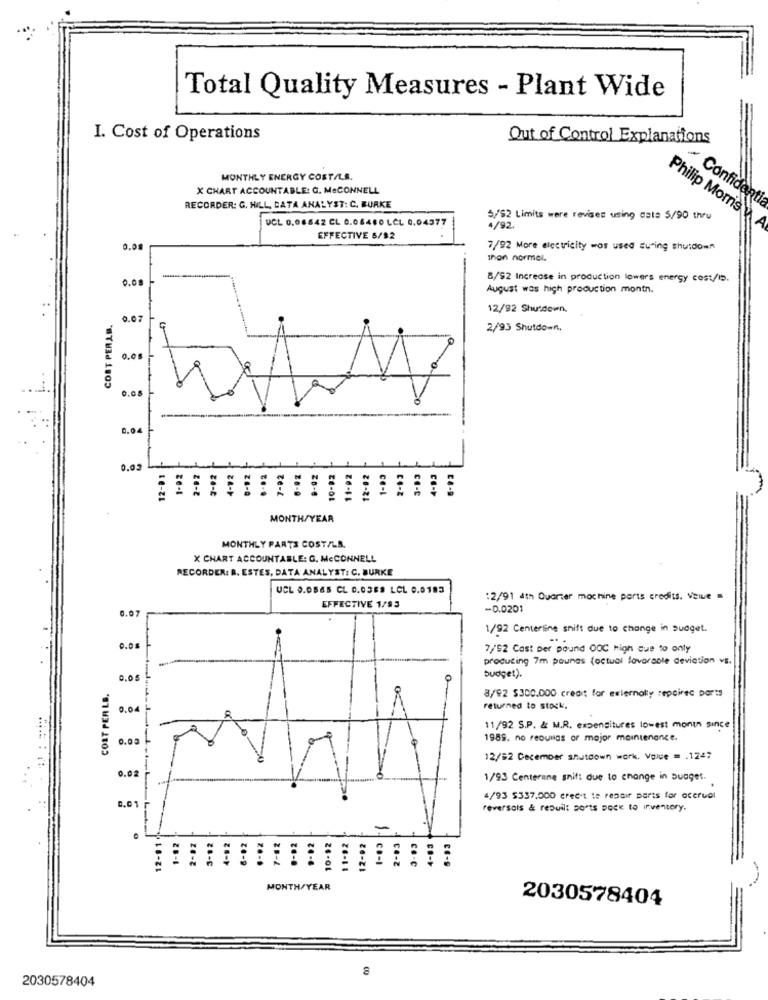
Total Quality Measures - Plant Wide
I. Cost of Operations
Out of Control Explanations
MONTHLY ENERGY COST/LB.
X CHART ACCOUNTABLE: G. MeCONNELL
Confidanti
RECORDER: G. HILL, DATA ANALYST: C. BURKE
Philip Morris
UCL 0,06642 CL 0.06460 LCL 0.04377
5/62 Limits were revises using aste $/90 thru
4/92.
EFFECTIVE 5/$2
0.08
7/92 More electricity -os used during shutdown
than normal.
0.00
8/52 Increase in production lowers energy cost/5.
August was high production montn.
12/92 Shutdown,
COST PERLE.
0.07
2/93 Shutdown.
0.0
0.0.
0.0
0.05
1-92
-92
....
1-92
-92
10-92
11-02
12-92
1-83
2-83
3-83
4-93
12-₺
2-D
MONTH/YEAR
MONTHLY PARTS COST/LB.
X CHART ACCOUNTABLE: G. MCCONNELL
RECORDER: R. ESTES, DATA ANALYST: C. BURKE
UCL 0.0565 CL 0.0389 LCL 0.0183
12/91 4th Quarter machine ports credits. Value =
EFFECTIVE 1/93
-0.0201
1/92 Centerline shift due to change in suoget.
...
0.05
7/92 Cost per pound OOC high due to onty
producing 7m pounas (octual lavarable deviation vs.
0.0 5
budget).
COST PER LB.
8/92 $300.000 credit for externally repaired ports
0.04
returned to stock,
11/92 S.P. & M.R. expenditures lowest monin since
0.03
1989. no reounas or major maintenance.
12/52 December snutoown work. Value = . 1247
0.02
1/93 Centerane snif: due to change in suaget.
4/93 $337,000 credit te repair parts for oceruel
0,01
reversals & rebuilt ports Dock to inventory.
12-91
2-82
3-02
4-82
-02
·-· 2
10-92
11-92
12-02
1-83
MONTH/YEAR
2030578404
2030578404